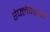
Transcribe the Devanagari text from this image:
रेफ्लेक्शन